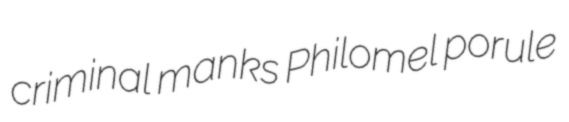
criminal manks Philomel porule